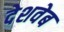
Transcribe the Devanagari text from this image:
देशवेब